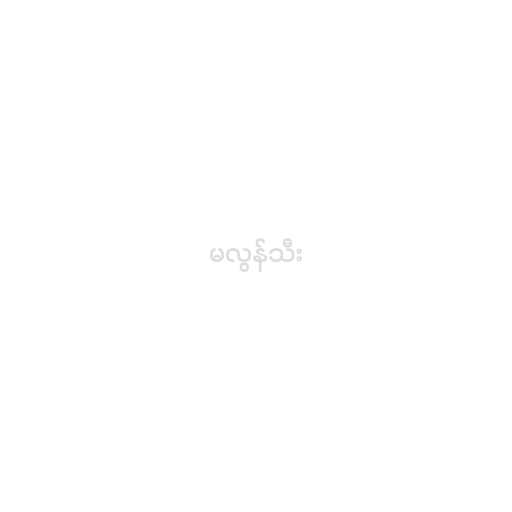
မလွန်သီး